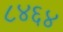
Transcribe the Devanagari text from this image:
८४६४